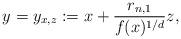
LaTeX: \begin{align*}y = y_{x,z} := x + \frac{r_{n,1}}{f(x)^{1/d}}z,\end{align*}